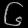
Digit: ၆